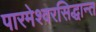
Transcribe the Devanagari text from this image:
पारमेश्वरसिद्धान्त